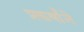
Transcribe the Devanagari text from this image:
प्रकर्षांने